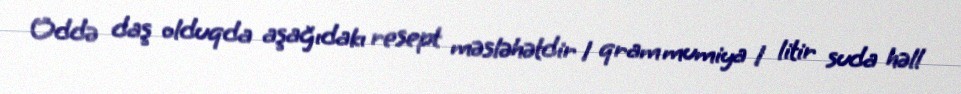
Öddə daş olduqda aşağıdakı resept məsləhətdir 1 qram mumiya 1 litir suda həll